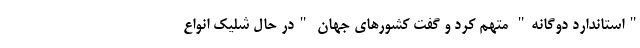
"استاندارد دوگانه" متهم کرد و گفت کشور‌های جهان "در حال شلیک انواع